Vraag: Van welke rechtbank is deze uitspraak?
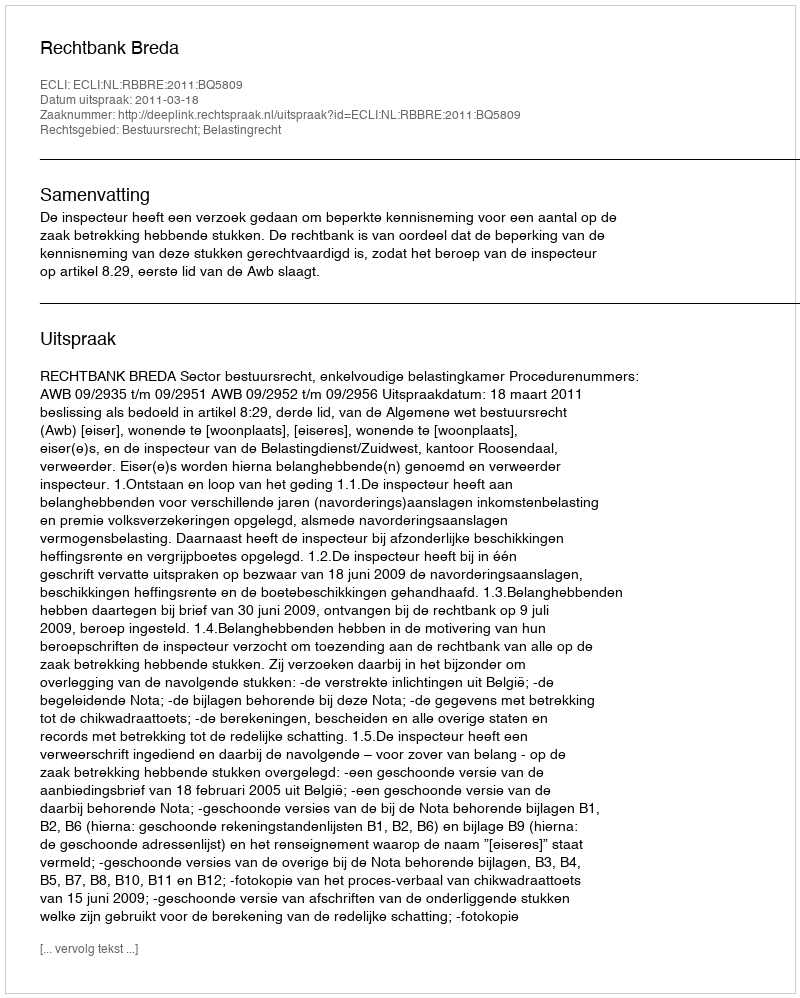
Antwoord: Rechtbank Breda